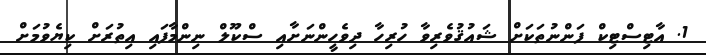
1. އާޓިސްޓިކް ފަންނުތަކަށް ޝައުޤުވެރިވާ ހުރިހާ ދިވެހީންނަށާއި ސްކޫލް ނިންމާފައި އިތުރަށް ކިޔެވުމަށް